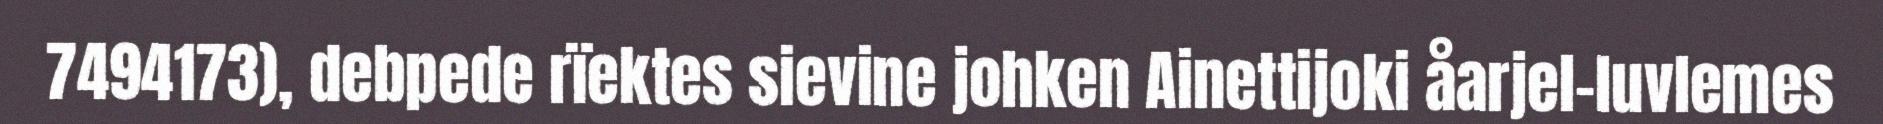
7494173), debpede rïektes sievine johken Ainettijoki åarjel-luvlemes